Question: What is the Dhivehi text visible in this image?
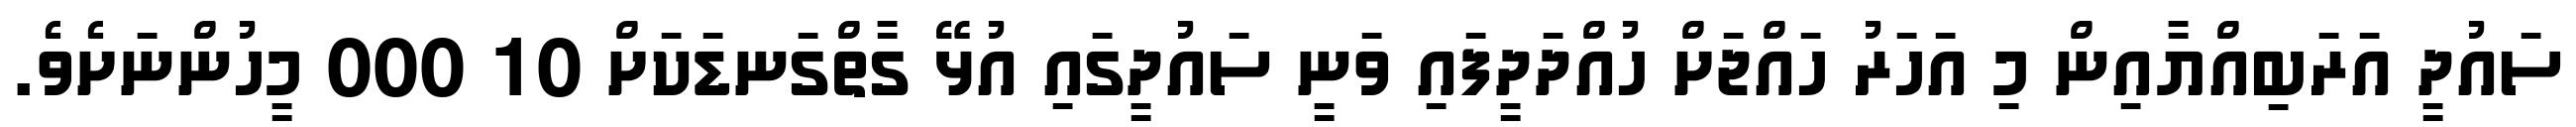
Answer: ސައުދީ އަރަބިއްޔާއިން މި އަހަރު ހައްޖަށް ހުއްދަދީފައި ވަނީ ސައުދީގައި އުޅޭ ގާތްގަނޑަކަށް 10 000 މީހުންނަށެވެ.